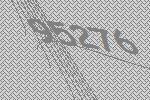
95276